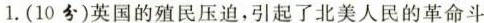
1.(10分)英国的殖民压迫，引起了北美人民的革命斗